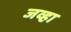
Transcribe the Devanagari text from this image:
जव्हा